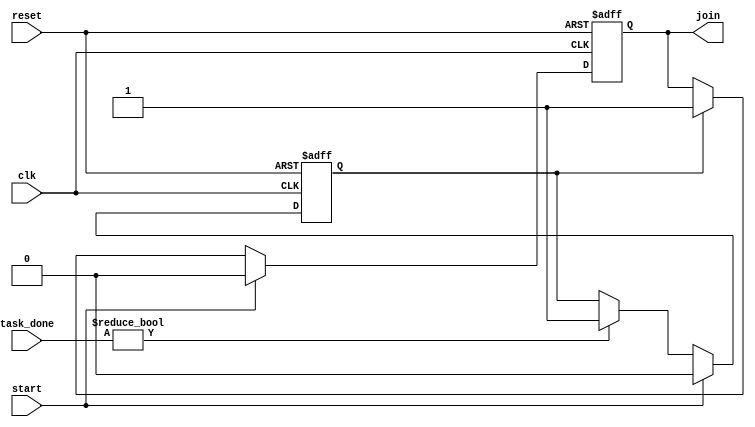
module ForkJoinAny (
    input wire clk,                // Clock signal
    input wire reset,              // Reset signal
    input wire start,              // Start signal to initiate tasks
    input wire [N-1:0] task_done,  // Task completion signals (N tasks)
    output reg join                // Join signal indicating at least one task completed
);
    parameter N = 4;               // Number of concurrent tasks (can be adjusted)

    // State to track if any task has completed
    reg task_completed;

    always @(posedge clk or posedge reset) begin
        if (reset) begin
            join <= 0;              // Clear join signal on reset
            task_completed <= 0;    // Clear task completion status
        end else if (start) begin
            join <= 0;              // Reset join signal on start
            task_completed <= 0;    // Reset task completion status
        end else begin
            // Check if any task is completed
            if (task_done != 0) begin
                task_completed <= 1; // At least one task has completed
            end
            
            // Assert join signal if any task is completed
            if (task_completed) begin
                join <= 1;           // Assert join signal
            end
        end
    end
endmodule